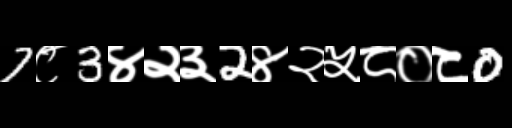
Text: 7८3४२३2४२५८०८0